Indian journal of veterinary science and animal husbandry - Volumes 15-17, 1948-1951
Year: 1948
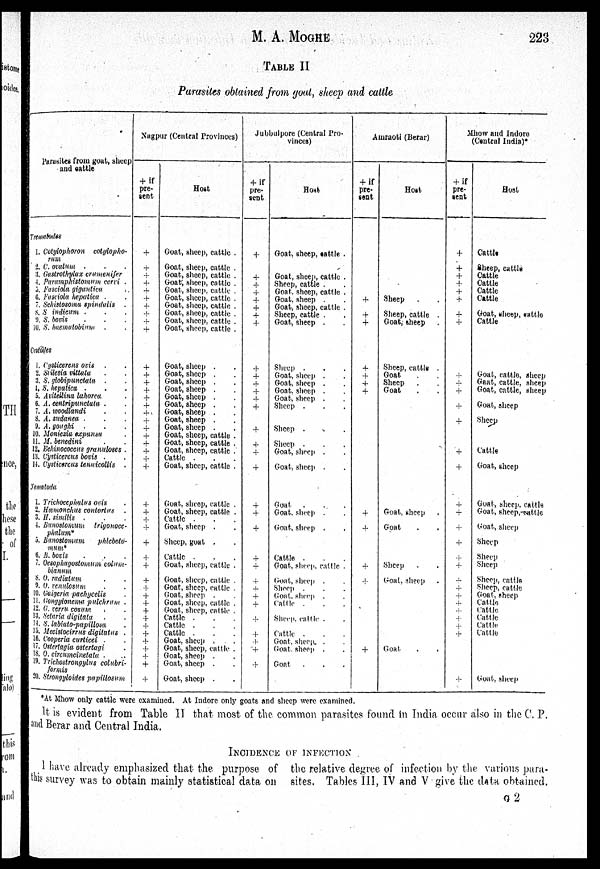
M. A.
MOGHE
223
TABLE II
Parasites obtained from goat, sheep and cattle
Parasites from goat, sheep
and cattle
Trematodes
1. Cotylophoron cotylopho-
rum
2. C. ovatum . . .
3. Gastrothylax cremenifer
4. Paramphistomum cervi .
5. Fusciola gigantica .
6. Fasciola hepatica . .
7. Schistosoma spindalis .
8. S indicum . . .
9. S. bovis . . .
10. S. haematobium . .
Cestodes
1. Cysticerens ovis . .
2. Stilesia vittata . .
3. S. globipunctata . .
4. S. hepatica . . .
5. Avitellina lahorea .
6. A. centripunctata
. .
7. A. woodlandi . .
8. A. sudanea . . .
9. A. goughi . . .
10. Moniezia expansa .
11. M. benedini . .
12. Echinococcus granuloses .
13. Cysticercus bovis . .
14. Cysticercus tenuicollis
.
Nematoda
1. Trichocephalus ovis .
2. Hæmonchus contortus
.
3. H. similis . . .
4. Bunostomum trigonocc-.
phalum*
5. Bunostomum phlebeto-
mum*
6. B. bovis . . .
7. Oesophagostomum
colum-
bianum
8. O. radiatum . .
9. O. renulosum . .
10. Gaigeria pachycelis .
11. Gongylonema pulchrum
.
12. G. cerru cosum . .
13. Sctaria digitatu . .
14. S. labiato-papillosa .
15. Mecistocirrus digitatus
.
16. Cooperia curticei . .
17. Ostertagia ostertagi .
18. O. circumcinetato . .
19. Trichostrongylus
colubri-
formis
20. Strongyloides
papillosum
Nagpur (Central Provinces)
+ if
pre-
sent
+
+
+
+
+
+
+
+
+
+
+
+
+
+
+
+
+
+
+
+
+
+
+ +
+
+
+ +
+
+
+
+
+
+
+
+
+
+
+
+
+
+
+
+
Host
Goat, sheep, cattle .
Goat, sheep, cattle .
Goat, sheep, cattle .
Goaf, sheep, cattle .
Goat, sheep, cuttle .
Goat, sheep, cattle .
Goat, sheep, cattle .
Goat, sheep, cattle .
Goat, sheep, cattle .
Goat, sheep, cattle .
Goat, sheep . .
Goat, sheep . .
Goat, sheep . .
Goat, sheep . .
Goat, sheep . .
Goat, sheep . .
Goat, sheep . .
Goat, sheep . .
Goat, sheep . .
Goat, sheep, cattle .
Goat, sheep, cattle .
Goat, sheep, cattle .
Cattle . . .
Goat, sheep, cattle .
Goat, sheep, cattle .
Goat, sheep, cattle .
Cattle . . .
Goat, sheep . .
Sheep, goat . .
Cattle . . .
Goat, sheep, cattle .
Goat, sheep, cattle .
Goat, sheep, cattle .
Goat, sheep . .
Goat, sheep, cattle .
Goat, sheep, cattle .
Cattle . . .
Cattle . . .
Cattle . . .
Goat, sheep . .
Goat, sheep, cattle .
Goat, sheep . .
Goat, sheep . .
Goat, sheep . .
Jubbulpore (Central Pro-
+ if
pre-
sent
+
+
+
+
+
+
+
+
+
+
+
+ +
+
+
+
+
+
+
+
+
+
+
+
+
+ +
+
+
+
+
+
Host
Goat, sheep, cattle .
Goat, sheep, cattle .
Sheep, cattle .
Goat, sheep, cattle .
Goat, sheep .
Goat, sheep, cattle .
Sheep, cattle .
Goat, sheep .
Sheep . .
Goat, sheep . .
Goat, sheep . .
Goat, sheep . .
Goat, sheep . .
Sheep . . .
Sheep . . .
Sheep . . .
Goat, sheep . .
Goat, sheep . .
Goat
. . .
Goat, sheep . .
Goat, sheep . .
Cattle . . .
Goat, sheep, cattle .
Goat, sheep . .
Sheep . . .
Goat, sheep . .
Cattle . . .
Sheep cattle . .
Cattle. . . .
Goat, sheep . .
Goat, sheep . .
Goat
. . .
Amraoti (Berar)
+ if
pre-
sent
+
+
+
+
+
+
+
+
+
+
+
+
Host
Sheep . .
Sheep, cattle .
Goat, sheep .
Sheep, cattle .
Goat . .
Sheep . .
Goat . .
Goat, sheep .
Goat
.
.
Sheep . .
Goal, sheep .
Goal . .
Mhow and Indore
(Central India)*
+ if
pre-
sent
+
+
+ +
+ +
+
+
+ +
+
+
+
+
+
+
+
+
+
+
+
+
+
+
+
+
+
+
+
+
Host
Cattle
Sheep, cattle
Cattle
Cattle
Cattle
Cattle
Goat, sheep, cattle
Cattle
Goat, cattle, sheep
Goat, cattle, sheep
Goat, cattle, sheep
Goat, sheep
Sheep
Cattle
Goat, sheep
Goat, sheep, cattle
Goat, sheep, cattle
Goat, sheep
Sheep
Sheep
Sheep
Sheep, cattle
Sheep, cattle
Goat, sheep
Cattle
Cattle
Cattle
Cattle
Cattle
Goat, sheep
*At Mhow only cattle were examined, At Indore only goats and sheep were examined.
It is evident from Table II that most of the common parasites found in India occur also in the C. P.
and Berar and Central India.
INCIDENCE OF INFECTION
I have already emphasized that the purpose of
this survey was to obtain mainly statistical data on
the relative degree of infection by the various para-
sites. Tables III, IV and V give the data obtained.
G 2